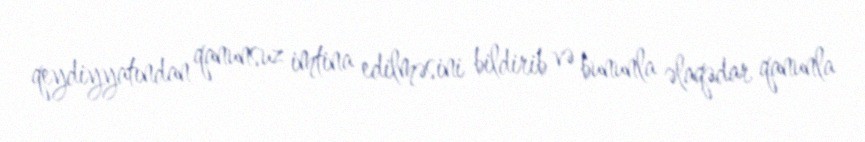
qeydiyyatından qanunsuz imtina edilməsini bildirib və bununla əlaqədar qanunla